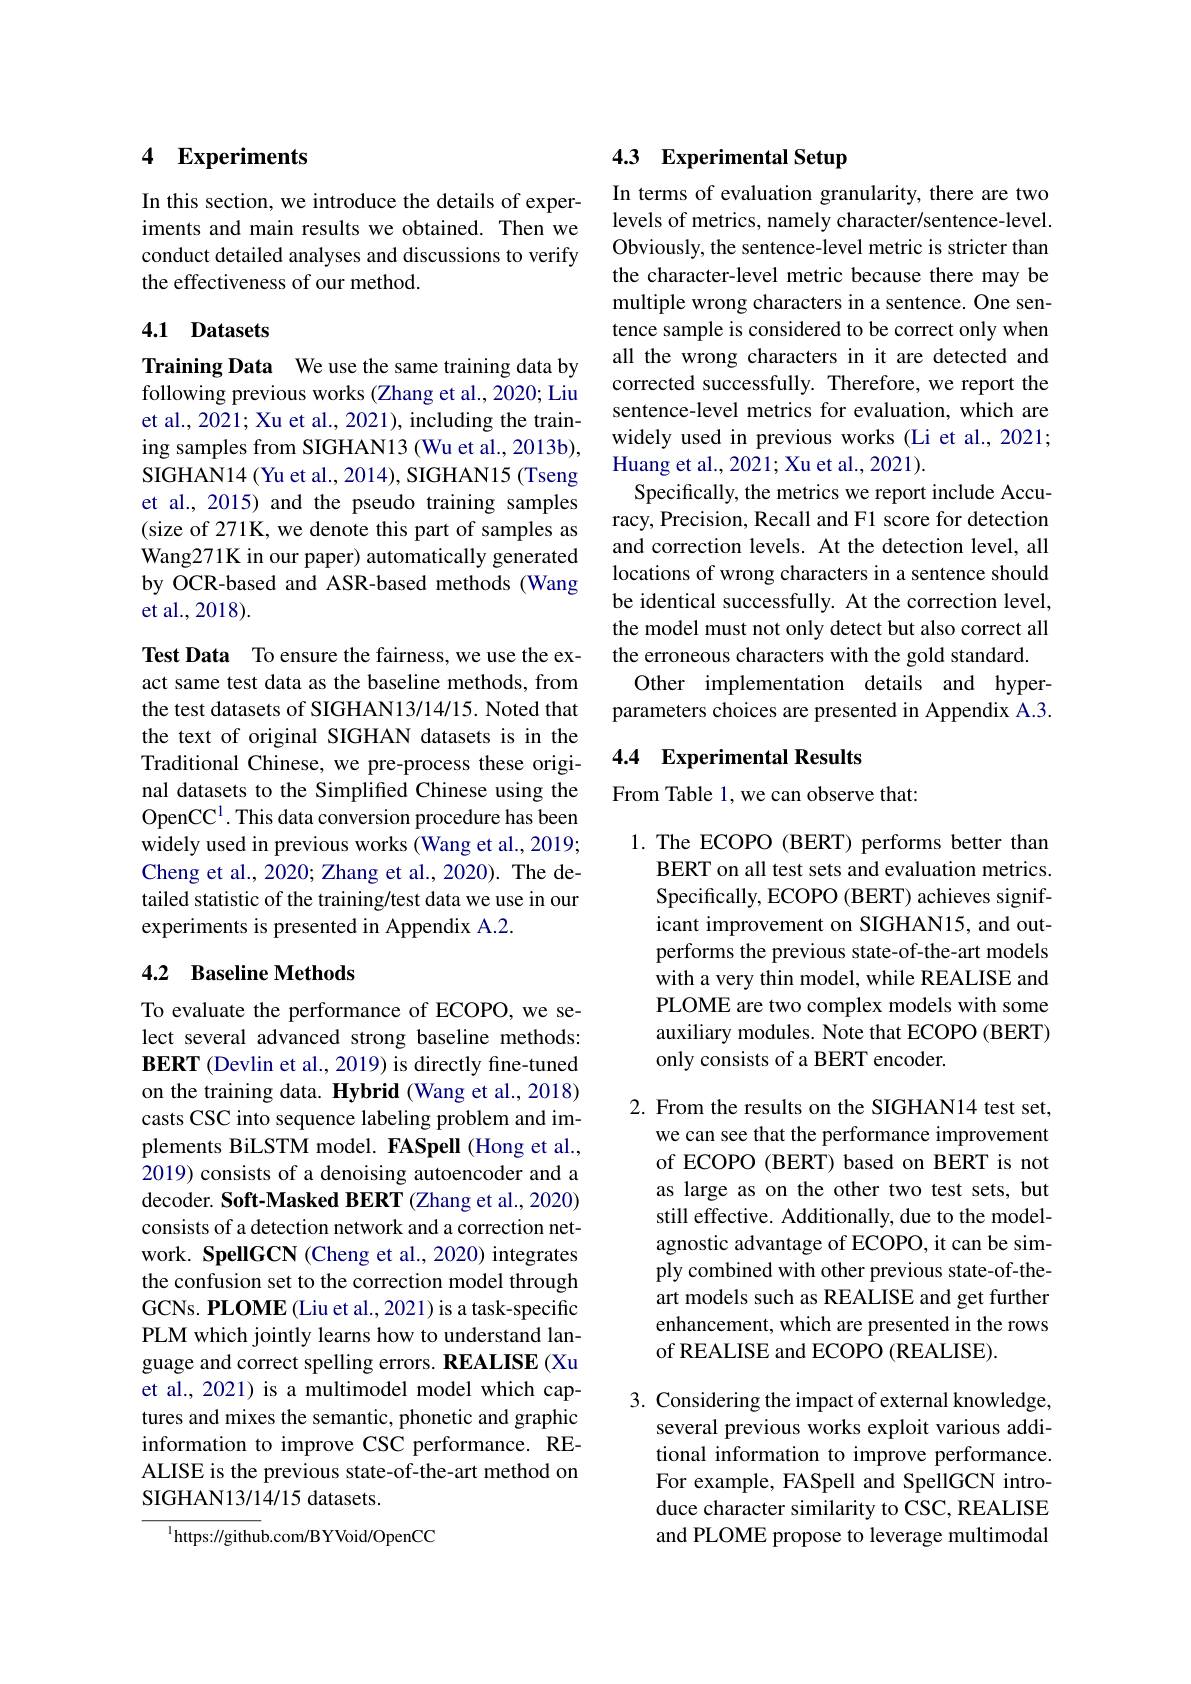
# 4 Experiments

In this section, we introduce the details of experiments and main results we obtained. Then we conduct detailed analyses and discussions to verify the effectiveness of our method.

### 4.1 Datasets

Training Data We use the same training data by following previous works (Zhang et al., 2020; Liu et al., 2021; Xu et al., 2021), including the training samples from SIGHAN13 (Wu et al., 2013b), SIGHAN14 (Yu et al., 2014), SIGHAN15 (Tseng et al., 2015) and the pseudo training samples (size of 271K, we denote this part of samples as Wang271K in our paper) automatically generated by OCR-based and ASR-based methods (Wang et al., 2018).

Test Data To ensure the fairness, we use the exact same test data as the baseline methods, from the test datasets of SIGHAN13/14/15. Noted that the text of original SIGHAN datasets is in the Traditional Chinese, we pre-process these original datasets to the Simplified Chinese using the OpenCC$^1.$ This data conversion procedure has been widely used in previous works (Wang et al., 2019; Cheng et al., 2020; Zhang et al., 2020). The detailed statistic of the training/test data we use in our experiments is presented in Appendix A.2.

## 4.2 Baseline Methods

To evaluate the performance of ECOPO, we select several advanced strong baseline methods: BERT (Devlin et al., 2019) is directly fine-tuned on the training data. Hybrid (Wang et al., 2018) casts CSC into sequence labeling problem and implements BiLSTM model. FASpell (Hong et al., 2019) consists of a denoising autoencoder and a decoder. Soft-Masked BERT (Zhang et al., 2020) consists of a detection network and a correction network. SpellGCN (Cheng et al., 2020) integrates the confusion set to the correction model through GCNs. PLOME (Liu et al., 2021) is a task-specific PLM which jointly learns how to understand language and correct spelling errors. REALISE (Xu et al., 2021) is a multimodel model which captures and mixes the semantic, phonetic and graphic information to improve CSC performance. REALISE is the previous state-of-the-art method on SIGHAN13/14/15 datasets.

$^{1}$https://github.com/BYVoid/OpenCC

# 4.3 Experimental Setup

In terms of evaluation granularity, there are two levels of metrics, namely character/sentence-level. Obviously, the sentence-level metric is stricter than the character-level metric because there may be multiple wrong characters in a sentence. One sentence sample is considered to be correct only when all the wrong characters in it are detected and corrected successfully. Therefore, we report the sentence-level metrics for evaluation, which are widely used in previous works (Li et al., 2021; Huang et al., 2021; Xu et al., 2021).
Specifically, the metrics we report include Accuracy, Precision, Recall and F1 score for detection and correction levels. At the detection level, all locations of wrong characters in a sentence should be identical successfully. At the correction level, the model must not only detect but also correct all the erroneous characters with the gold standard.
Other implementation details and hyperparameters choices are presented in Appendix A.3.

## 4.4 Experimental Results

From Table 1, we can observe that:

1. The ECOPO (BERT) performs better than
BERT on all test sets and evaluation metrics. Specifically, ECOPO (BERT) achieves significant improvement on SIGHAN15, and outperforms the previous state-of-the-art models with a very thin model, while REALISE and PLOME are two complex models with some auxiliary modules. Note that ECOPO (BERT) only consists of a BERT encoder.

2. From the results on the SIGHAN14 test set,
we can see that the performance improvement of ECOPO (BERT) based on BERT is not as large as on the other two test sets, but still effective. Additionally, due to the modelagnostic advantage of ECOPO, it can be simply combined with other previous state-of-theart models such as REALISE and get further enhancement, which are presented in the rows of REALISE and ECOPO (REALISE).

3. Considering the impact of external knowledge,
several previous works exploit various additional information to improve performance. For example, FASpell and SpellGCN introduce character similarity to CSC, REALISE and PLOME propose to leverage multimodal